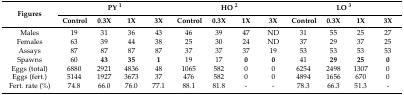
<table><thead><tr><td rowspan="2"><b>Figures</b></td><td colspan="4"><b>PY <sup>1</sup></b></td><td colspan="4"><b>HO <sup>2</sup></b></td><td colspan="4"><b>LO <sup>3</sup></b></td></tr><tr><td><b>Control</b></td><td><b>0.3X</b></td><td><b>1X</b></td><td><b>3X</b></td><td><b>Control</b></td><td><b>0.3X</b></td><td><b>1X</b></td><td><b>3X</b></td><td><b>Control</b></td><td><b>0.3X</b></td><td><b>1X</b></td><td><b>3X</b></td></tr></thead><tbody><tr><td>Males</td><td>19</td><td>31</td><td>36</td><td>43</td><td>46</td><td>39</td><td>47</td><td>ND</td><td>31</td><td>55</td><td>25</td><td>27</td></tr><tr><td>Females</td><td>63</td><td>39</td><td>44</td><td>38</td><td>25</td><td>30</td><td>24</td><td>ND</td><td>37</td><td>29</td><td>37</td><td>25</td></tr><tr><td>Assays</td><td>87</td><td>87</td><td>87</td><td>87</td><td>37</td><td>37</td><td>37</td><td>19</td><td>53</td><td>53</td><td>53</td><td>53</td></tr><tr><td>Spawns</td><td>60</td><td><b>43</b></td><td><b>35</b></td><td><b>1</b></td><td>19</td><td>17</td><td><b>0</b></td><td><b>0</b></td><td>41</td><td><b>29</b></td><td><b>25</b></td><td><b>0</b></td></tr><tr><td>Eggs (total)</td><td>6880</td><td>2921</td><td>4836</td><td>48</td><td>1065</td><td>582</td><td>0</td><td>0</td><td>6254</td><td>2498</td><td>1307</td><td>0</td></tr><tr><td>Eggs (fert.)</td><td>5144</td><td>1927</td><td>3673</td><td>37</td><td>476</td><td>582</td><td>0</td><td>0</td><td>4894</td><td>1656</td><td>670</td><td>0</td></tr><tr><td>Fert. rate (%)</td><td>74.8</td><td>66.0</td><td>76.0</td><td>77.1</td><td>88.1</td><td>81.8</td><td>-</td><td>-</td><td>78.3</td><td>66.3</td><td>51.3</td><td>-</td></tr></tbody></table>